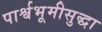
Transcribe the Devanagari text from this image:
पार्श्वभूमीसुद्धा